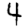
Digit: 4